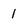
Character: 1